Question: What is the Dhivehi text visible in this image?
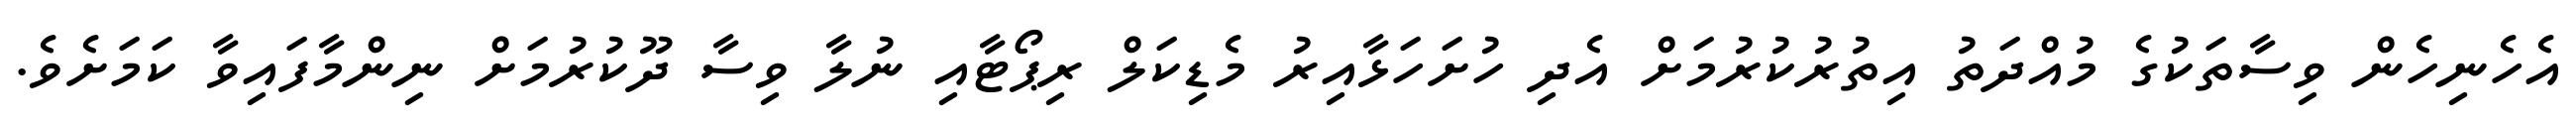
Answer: އެހެނިހެން ވިސާތަކުގެ މުއްދަތު އިތުރުކުރުމަށް އެދި ހުށަހަޅާއިރު މެޑިކަލް ރިޕޯޓާއި ނުލާ ވިސާ ދޫކުރުމަށް ނިންމާފައިވާ ކަމަށެވެ.